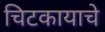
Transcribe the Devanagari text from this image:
चिटकायाचे